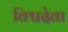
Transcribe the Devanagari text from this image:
विश्वदेवा